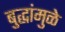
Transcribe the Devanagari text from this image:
बुद्धांमुळे